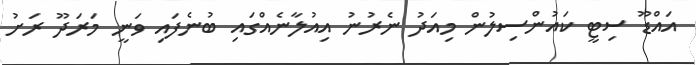
އައްޑޫ ސިޓީ ކައުންސިލުން މިއަދު ނެރުނު އިއުލާނެއްގައި ބުނެފައި ވަނީ މަރަދޫ ރަށު